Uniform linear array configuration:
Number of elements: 48
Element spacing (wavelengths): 1
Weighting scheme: hann
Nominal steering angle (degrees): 30
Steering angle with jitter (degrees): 31.175
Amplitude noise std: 0.05
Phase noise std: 0.05

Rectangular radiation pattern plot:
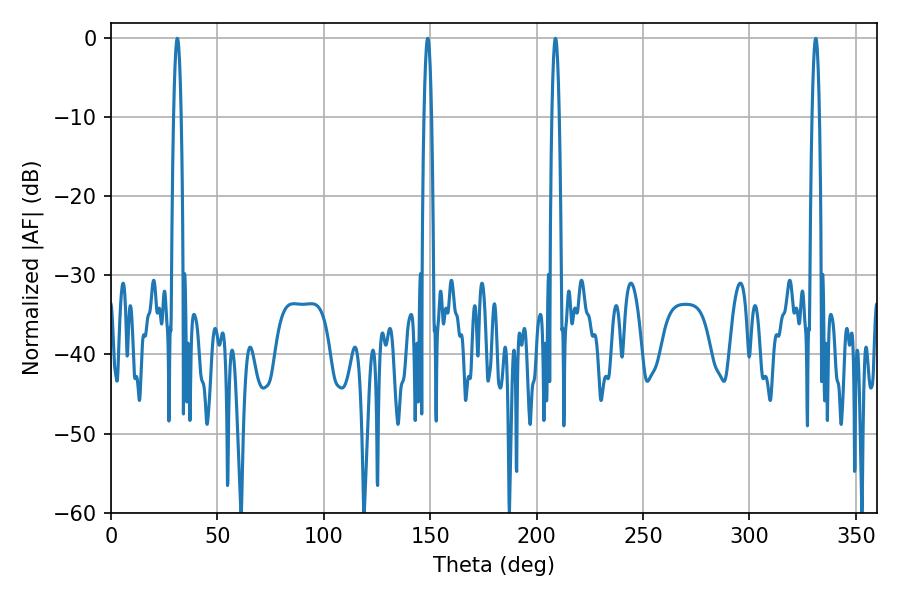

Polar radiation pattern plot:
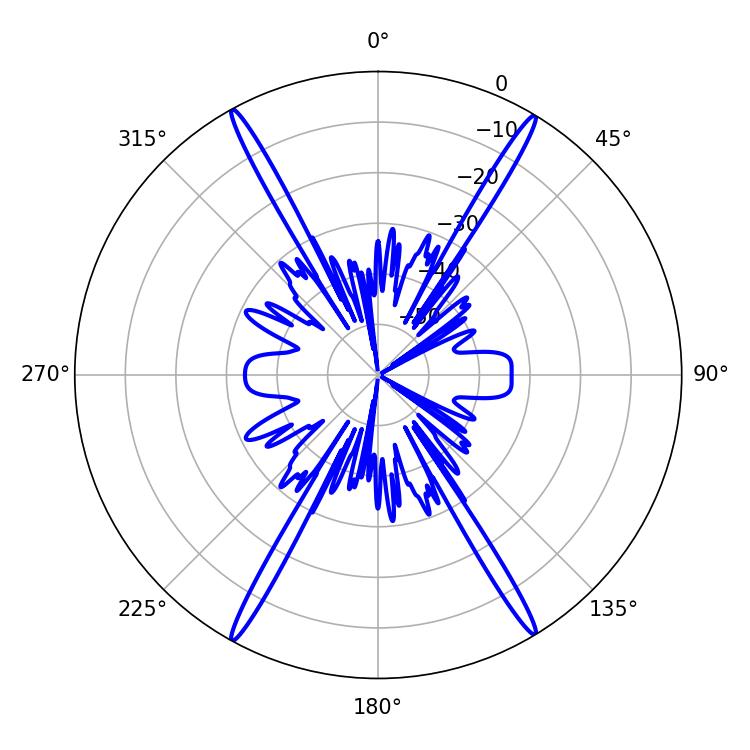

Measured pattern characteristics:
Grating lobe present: TRUE
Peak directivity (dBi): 27.843
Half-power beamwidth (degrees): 1.8
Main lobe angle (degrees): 31.14